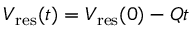
V _ { \mathrm { r e s } } ( t ) = V _ { \mathrm { r e s } } ( 0 ) - Q t